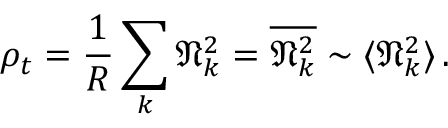
\rho _ { t } = \frac 1 R \sum _ { k } \mathfrak { N } _ { k } ^ { 2 } = \overline { { \mathfrak { N } _ { k } ^ { 2 } } } \sim \langle \mathfrak { N } _ { k } ^ { 2 } \rangle \, .